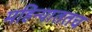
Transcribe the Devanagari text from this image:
महिन्याततच